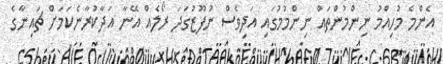
އެންމެ މުހިއްމު ނިންމުންތައް ނިންމުމުގައި އަދިވެސް ނުފޫޒުގަދަ ރޯލެއް އޭނާ އަދާކުރާނެކަމަށް ޗައިނާގެ